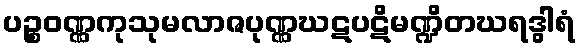
ပဉ္စဝဏ္ဏကုသုမလာဇပုဏ္ဏဃဋပဋိမဏ္ဍိတဃရဒွါရံ